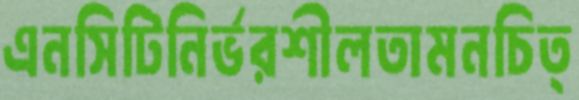
এনসিটিনির্ভরশীলতামনচিত্